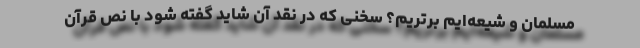
مسلمان و شیعه‌ایم برتریم؟ سخنی که در نقد آن شاید گفته شود با نص قرآن